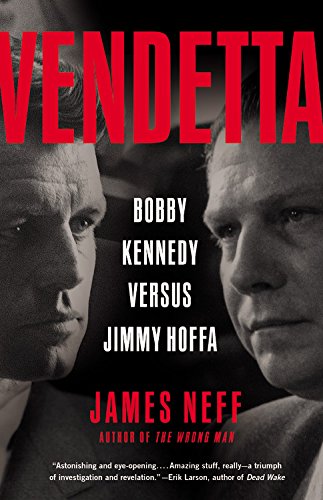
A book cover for Vendetta: Bobby Kennedy Versus Jimmy Hoffa; James Neff; Business & Money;